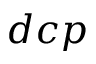
d c p